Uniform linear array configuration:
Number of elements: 48
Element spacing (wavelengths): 0.25
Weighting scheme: exponential
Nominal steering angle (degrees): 15
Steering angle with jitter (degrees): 15.903
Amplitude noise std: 0.05
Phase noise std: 0.05

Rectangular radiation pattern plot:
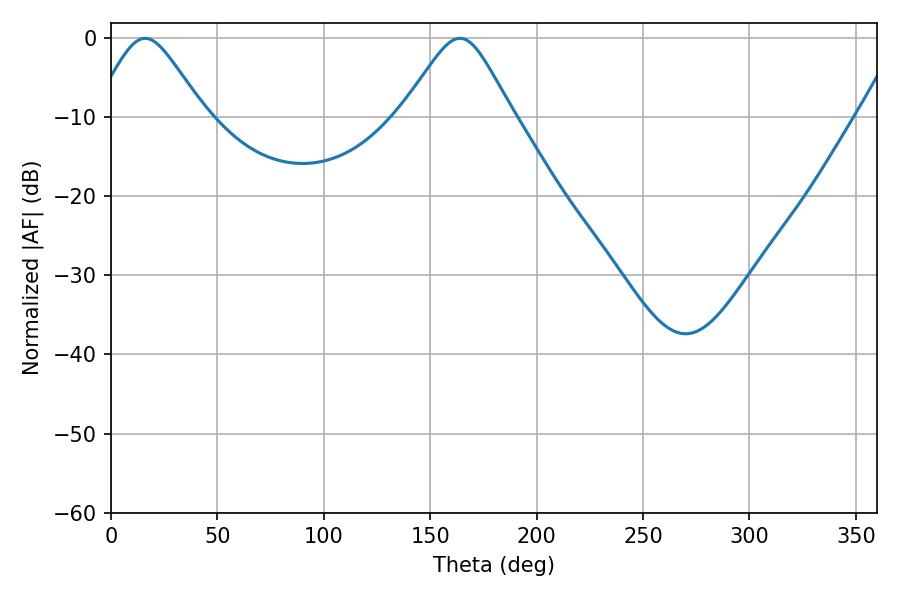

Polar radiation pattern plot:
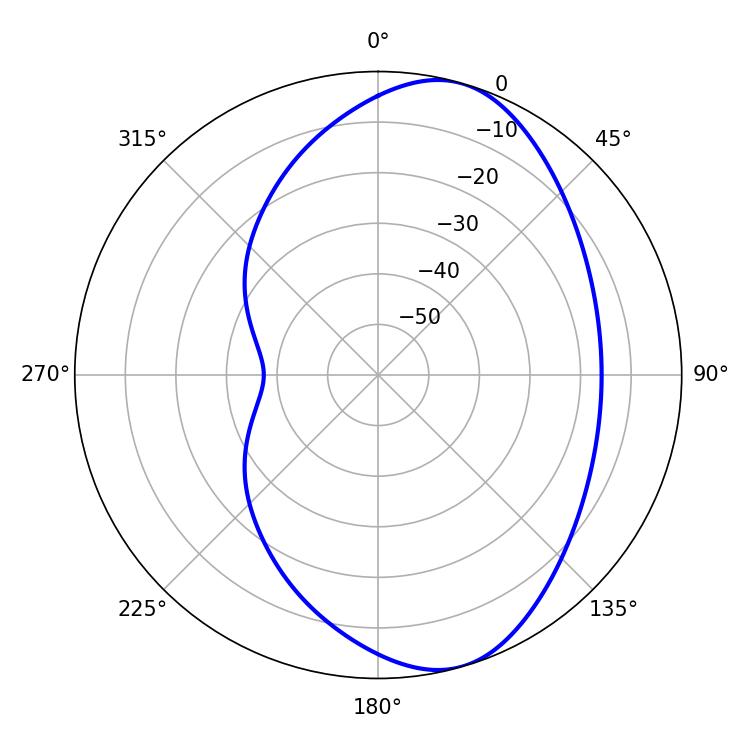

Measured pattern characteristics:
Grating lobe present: FALSE
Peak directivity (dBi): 7.76
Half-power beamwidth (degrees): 25.02
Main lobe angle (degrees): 16.02